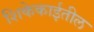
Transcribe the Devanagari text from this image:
शिकेकाईतील